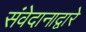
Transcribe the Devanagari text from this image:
संवेदानाद्वारे